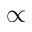
\propto